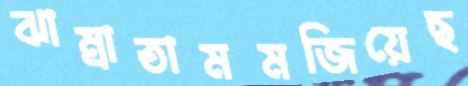
ঝাম্‌রাতামমজিয়েছ